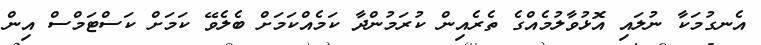
އެނގުމަކާ ނުލައި އޮޅުވާލުމެއްގެ ތެރެއިން ކުރަމުންދާ ކަމެއްކަމަށް ބެލެވޭ ކަމަށް ކަސްޓަމްސް އިން